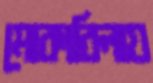
মোকাবিলায়